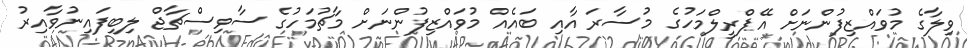
ވިލާގެ މުވައްޒިފުންނަށް އޭޕްރީލްމަހުގެ މުސާރަ އާއި ބައެއް މުވައްޒިފުންނަށް މާޗުމަހުގެ ސާވިސްޗާޖް ލިބިފައިނުވާއިރު